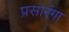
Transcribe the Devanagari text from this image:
प्रसारंगा